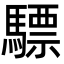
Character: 驃